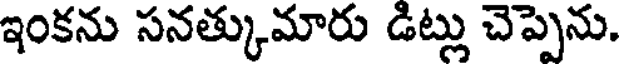
ఇంకను సనత్కుమారు డిట్లు చెప్పెను.